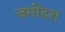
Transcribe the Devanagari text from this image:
जमींदरा